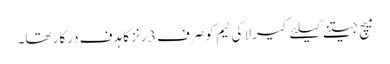
میچ جیتنے کیلئے کیرلا کی ٹیم کو صرف 3 رنز کا ہدف درکار تھا۔